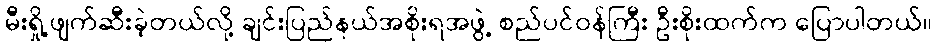
မီးရှို့ဖျက်ဆီးခဲ့တယ်လို့ ချင်းပြည်နယ်အစိုးရအဖွဲ့ စည်ပင်ဝန်ကြီး ဦးစိုးထက်က ပြောပါတယ်။